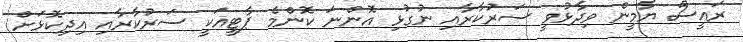
ރައީސް ޔާމީން ވިދާޅުވީ ސަރުކާރާއި ނުގުޅި އޮންނަ ކޮންމެ ޕާޓީއަކީ ސަރުކާރާއި އިދިކޮޅަށް